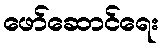
ဖော်ဆောင်ရေး